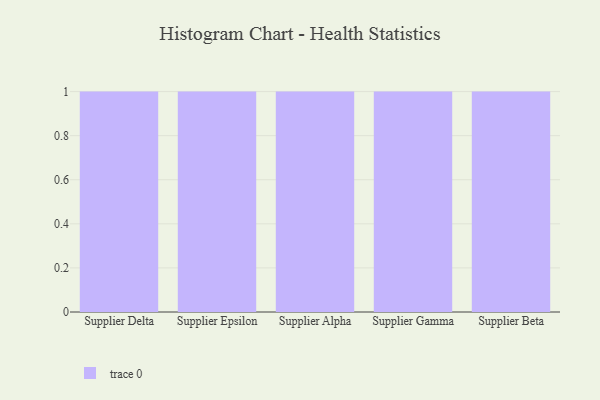
{"axis": {"x": "Supplier", "y": "Backlog"}, "legend": [""], "data": [{"x": "Supplier Delta", "y": 79, "type": ""}, {"x": "Supplier Epsilon", "y": 32, "type": ""}, {"x": "Supplier Alpha", "y": 3, "type": ""}, {"x": "Supplier Gamma", "y": 88, "type": ""}, {"x": "Supplier Beta", "y": 83, "type": ""}]}